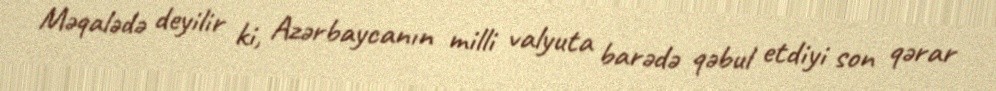
Məqalədə deyilir ki, Azərbaycanın milli valyuta barədə qəbul etdiyi son qərar